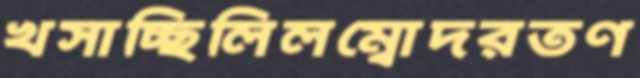
খসাচ্ছিলিলম্বোদরতণ